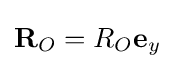
\mathbf {R} _{O}=R_{O}\mathbf {e} _{y}